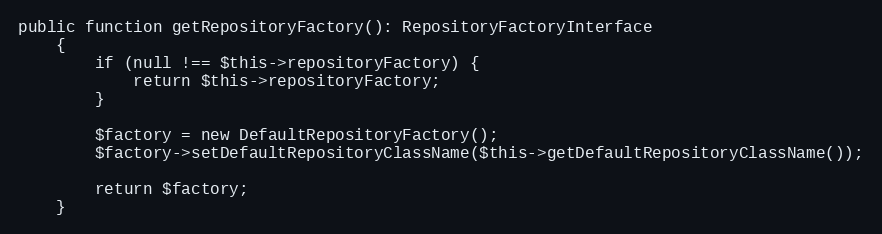
Language: PHP
public function getRepositoryFactory(): RepositoryFactoryInterface
    {
        if (null !== $this->repositoryFactory) {
            return $this->repositoryFactory;
        }

        $factory = new DefaultRepositoryFactory();
        $factory->setDefaultRepositoryClassName($this->getDefaultRepositoryClassName());

        return $factory;
    }